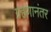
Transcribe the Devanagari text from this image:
ग्रहणानंतर